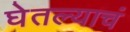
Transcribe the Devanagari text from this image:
घेतल्याचं